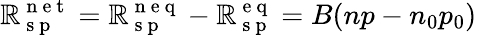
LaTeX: \mathbb{R}_{\mathrm{{~s~p~}}}^{\mathrm{{~n~e~t~}}}=\mathbb{R}_{\mathrm{{~s~p~}}}^{\mathrm{{~n~e~q~}}}-\mathbb{R}_{\mathrm{{~s~p~}}}^{\mathrm{{~e~q~}}}=B(np-n_{0}p_{0})